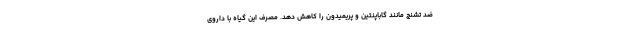
ضد تشنج مانند گاباپنتین و پریمیدون را کاهش دهد. مصرف این گیاه با داروی